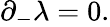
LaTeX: {\partial}_{-}{\lambda}=0.